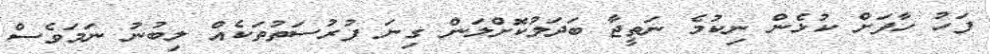
ފަހު ހާފަށް ކުޅެން ނިކުމެ ނަތީޖާ ބަދަލުކޮށްލަން ގިނަ ފުރުސަތުތަކެއް ލިބުނު ނަމަވެސް